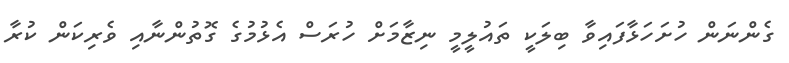
ގެންނަން ހުށަހަޅާފައިވާ ބިލަކީ ތައުލީމީ ނިޒާމަށް ހުރަސް އެޅުމުގެ ގޮތުންނާއި ވެރިކަން ކުރާ